Treatise on elephants
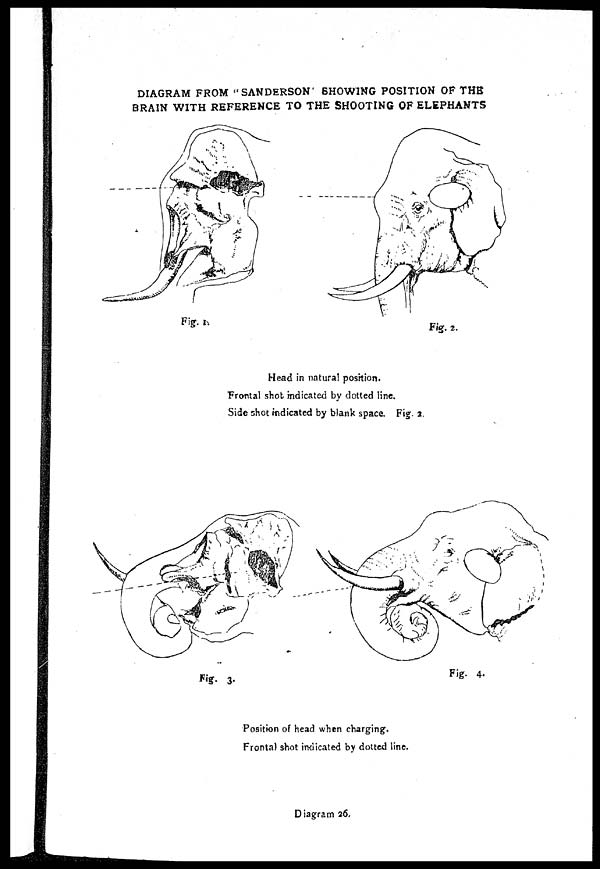
DIAGRAM FROM "SANDERSON SHOWING POSITION OF THE
BRAIN WITH REFERENCE TO THE SHOOTING OF ELEPHANTS
Fig. 1.
Fig. 2.
Head in natural position.
Frontal shot indicated by dotted line.
Side shot indicated by blank space. Fig. 2.
Fig. 3.
Fig. 4.
Position of head when charging.
Frontal shot indicated by dotted line.
Diagram 26.